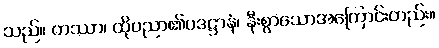
သည်။ တဿာ၊ ထိုပညာ၏ပဒဋ္ဌာနံ၊ နီးစွာသောအကြောင်းတည်း။